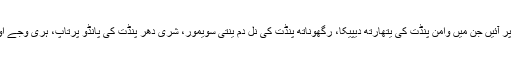
اٹھارہویں صدی عیسوی میں متعدد مشہور کاوشیں منظر عام پر آئیں جن میں وامن پنڈت کی یتھارتھ دیپیکا، رگھوناتھ پنڈت کی نل دم ینتی سویمور، شری دھر پنڈت کی پانڈو پرتاپ، ہری وجے اور رام وجے اور موروپنت کا ترجمہ مہابھارت قابل ذکر ہیں۔